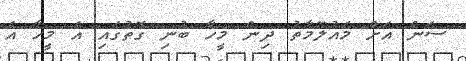
ސަން އަށް މައުލޫމާތު ދިން މީހާ ބުނި ގޮތުގައި އެ މީހާ އެ